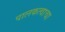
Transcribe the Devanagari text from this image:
पालकत्वाचा